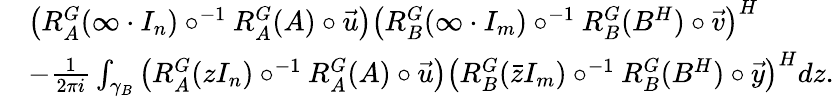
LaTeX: \begin{array}{rl}&{\left(R_{A}^{G}(\infty\cdot I_{n})\circ^{-1}R_{A}^{G}(A)\circ\vec{u}\right)\left(R_{B}^{G}(\infty\cdot I_{m})\circ^{-1}R_{B}^{G}(B^{H})\circ\vec{v}\right)^{H}}\\ &{-\frac{1}{2\pi i}\int_{\gamma_{B}}\left(R_{A}^{G}(zI_{n})\circ^{-1}R_{A}^{G}(A)\circ\vec{u}\right)\left(R_{B}^{G}(\bar{z}I_{m})\circ^{-1}R_{B}^{G}(B^{H})\circ\vec{y}\right)^{H}dz.}\end{array}